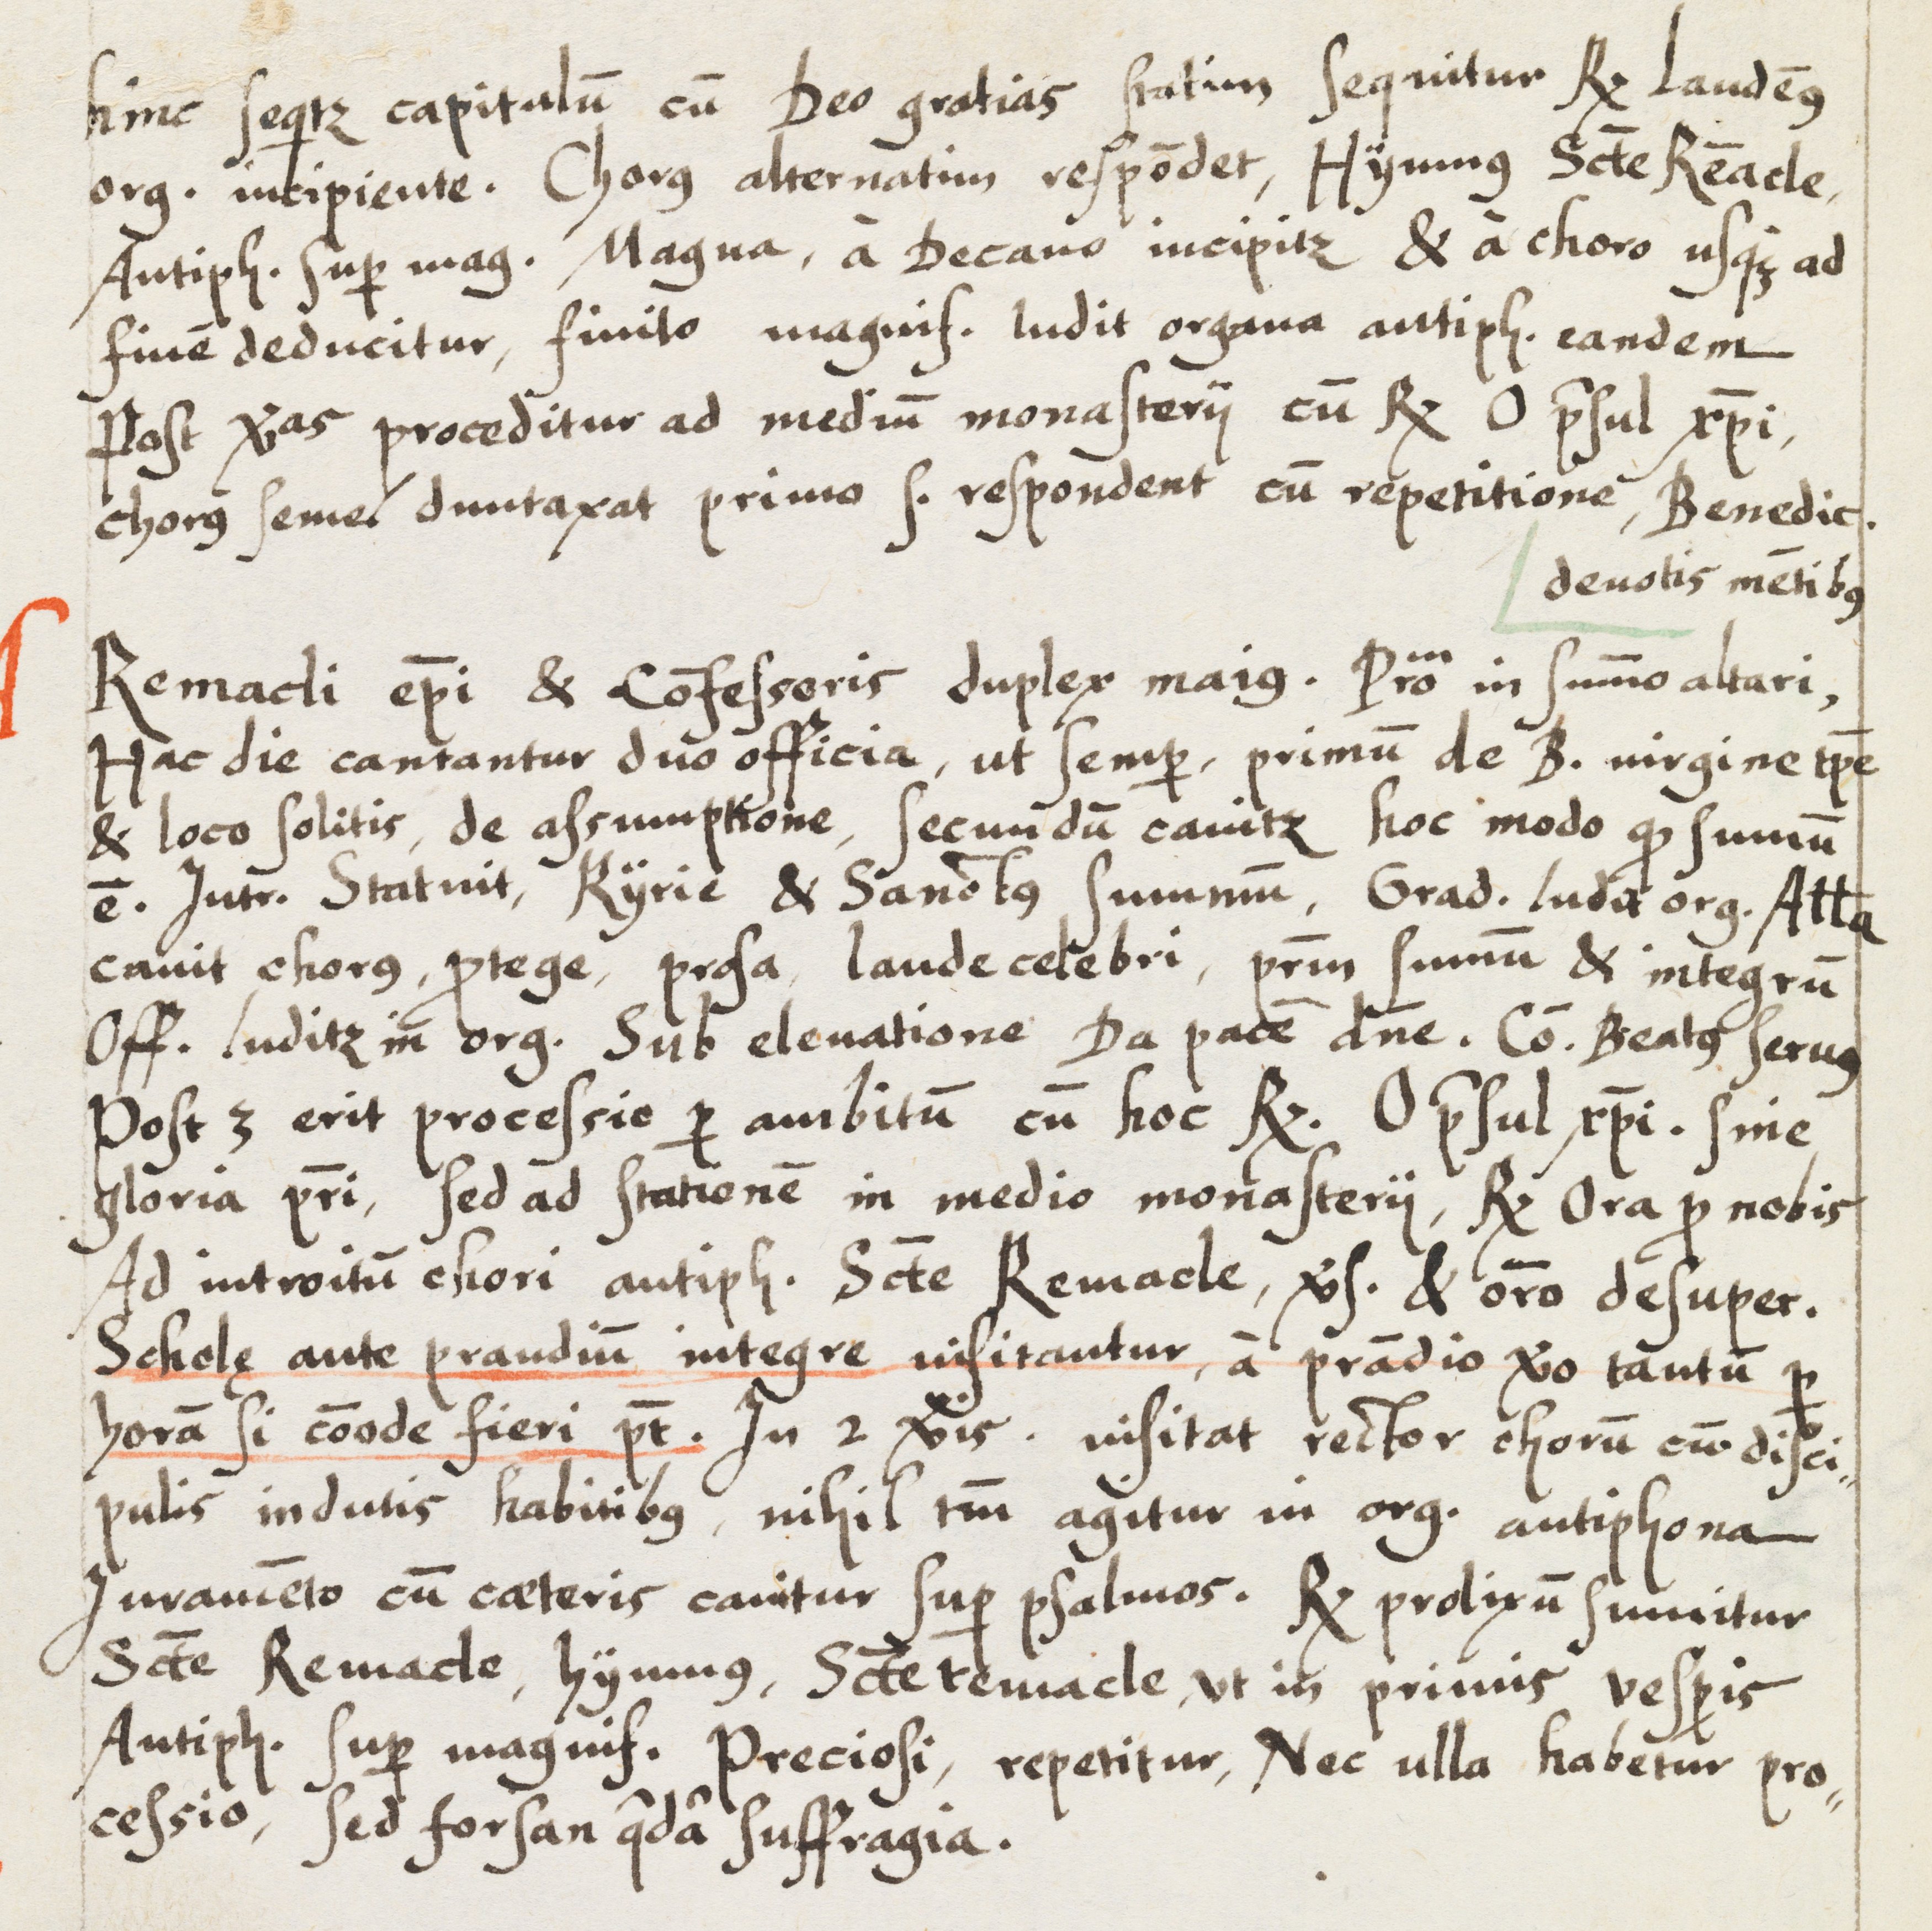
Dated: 1583–1583